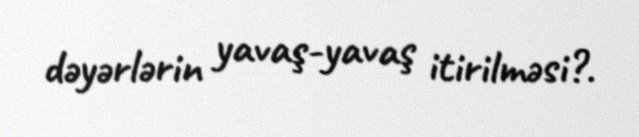
dəyərlərin yavaş-yavaş itirilməsi?.